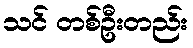
သင် တစ်ဦးတည်း